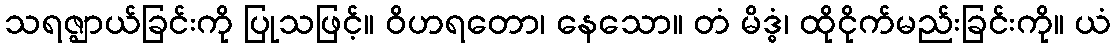
သရဇ္ဈာယ်ခြင်းကို ပြုသဖြင့်။ ဝိဟရတော၊ နေသော။ တံ မိဒ္ဓံ၊ ထိုငိုက်မည်းခြင်းကို။ ယံ